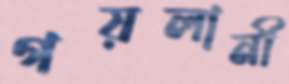
গয়লানী